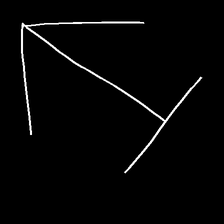
Glyph: levitation